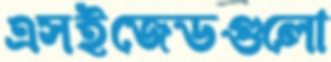
এসইজেডগুলো